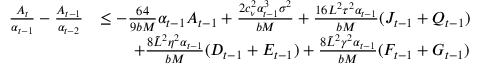
\begin{array} { r l } { \frac { A _ { t } } { \alpha _ { t - 1 } } - \frac { A _ { t - 1 } } { \alpha _ { t - 2 } } } & { \leq - \frac { 6 4 } { 9 b M } \alpha _ { t - 1 } A _ { t - 1 } + \frac { 2 c _ { \nu } ^ { 2 } \alpha _ { t - 1 } ^ { 3 } \sigma ^ { 2 } } { b M } + \frac { 1 6 L ^ { 2 } \tau ^ { 2 } \alpha _ { t - 1 } } { b M } ( J _ { t - 1 } + Q _ { t - 1 } ) } \\ & { \qquad + \frac { 8 \tilde { L } ^ { 2 } \eta ^ { 2 } \alpha _ { t - 1 } } { b M } ( D _ { t - 1 } + E _ { t - 1 } ) + \frac { 8 \tilde { L } ^ { 2 } \gamma ^ { 2 } \alpha _ { t - 1 } } { b M } ( F _ { t - 1 } + G _ { t - 1 } ) } \end{array}